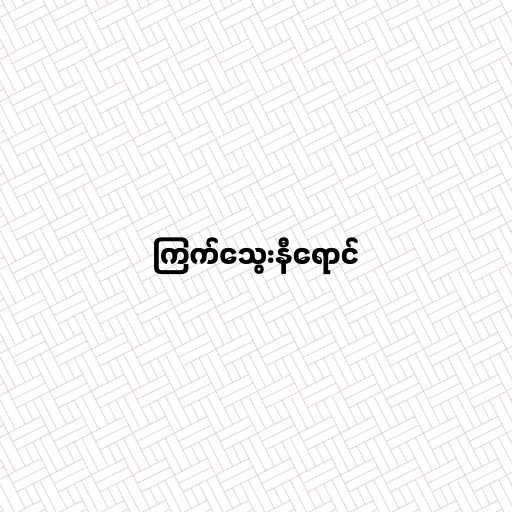
ကြက်သွေးနီရောင်